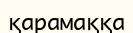
қарамаққа